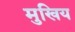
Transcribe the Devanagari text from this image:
मुखिय